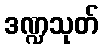
ဒဏ္ဍသုတ်